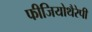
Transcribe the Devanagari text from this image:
फीजियोथैरेपी